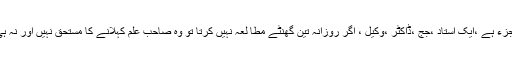
مطالعہ انسانی شخصیت کی تکمیل کا لازمی جزء ہے ،ایک استاد ،جج ،ڈاکٹر ،وکیل ، اگر روزانہ تین گھنٹے مطا لعہ نہیں کرتا تو وہ صاحب علم کہلانے کا مستحق نہیں اور نہ ہی وہ اپنے پیشے کے ساتھ انصاف کر رہا ہے۔